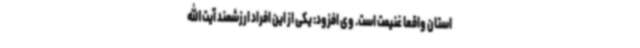
استان واقعا غنیمت است. وی افزود: یکی از این افراد ارزشمند آیت الله